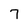
Character: 7